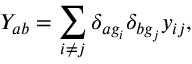
Y _ { a b } = \sum _ { i \neq j } \delta _ { a g _ { i } } \delta _ { b g _ { j } } y _ { i j } ,